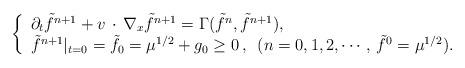
LaTeX: \begin{align*}\left\{\begin{array}{l} \partial_t \tilde f^{n+1} + v\,\cdot\,\nabla_x\tilde f^{n+1} =\Gamma (\tilde f^n, \tilde f^{n+1}), \\ \tilde f^{n+1}|_{t=0} =\tilde f_0 = \mu^{1/2} + g_0\geq 0\, , \enskip (n=0,1,2,\cdots, \, \tilde f^0 =\mu^{1/2}).\end{array} \right.\end{align*}